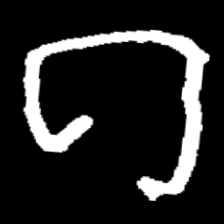
Pyu character \u2014 Myanmar letter: ဂ (romanized: ga)